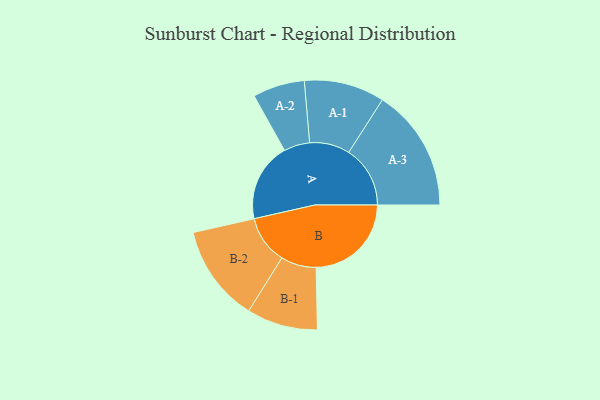
{"axis": {"x": "Segment", "y": "Value"}, "legend": ["", "A", "B"], "data": [{"x": "A", "y": 364, "type": ""}, {"x": "B", "y": 440, "type": ""}, {"x": "A-1", "y": 186, "type": "A"}, {"x": "A-2", "y": 120, "type": "A"}, {"x": "A-3", "y": 284, "type": "A"}, {"x": "B-1", "y": 164, "type": "B"}, {"x": "B-2", "y": 224, "type": "B"}]}